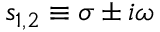
{ { s } _ { 1 , 2 } } \equiv \sigma \pm i \omega